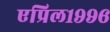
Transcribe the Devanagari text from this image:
एप्रिल१९९६